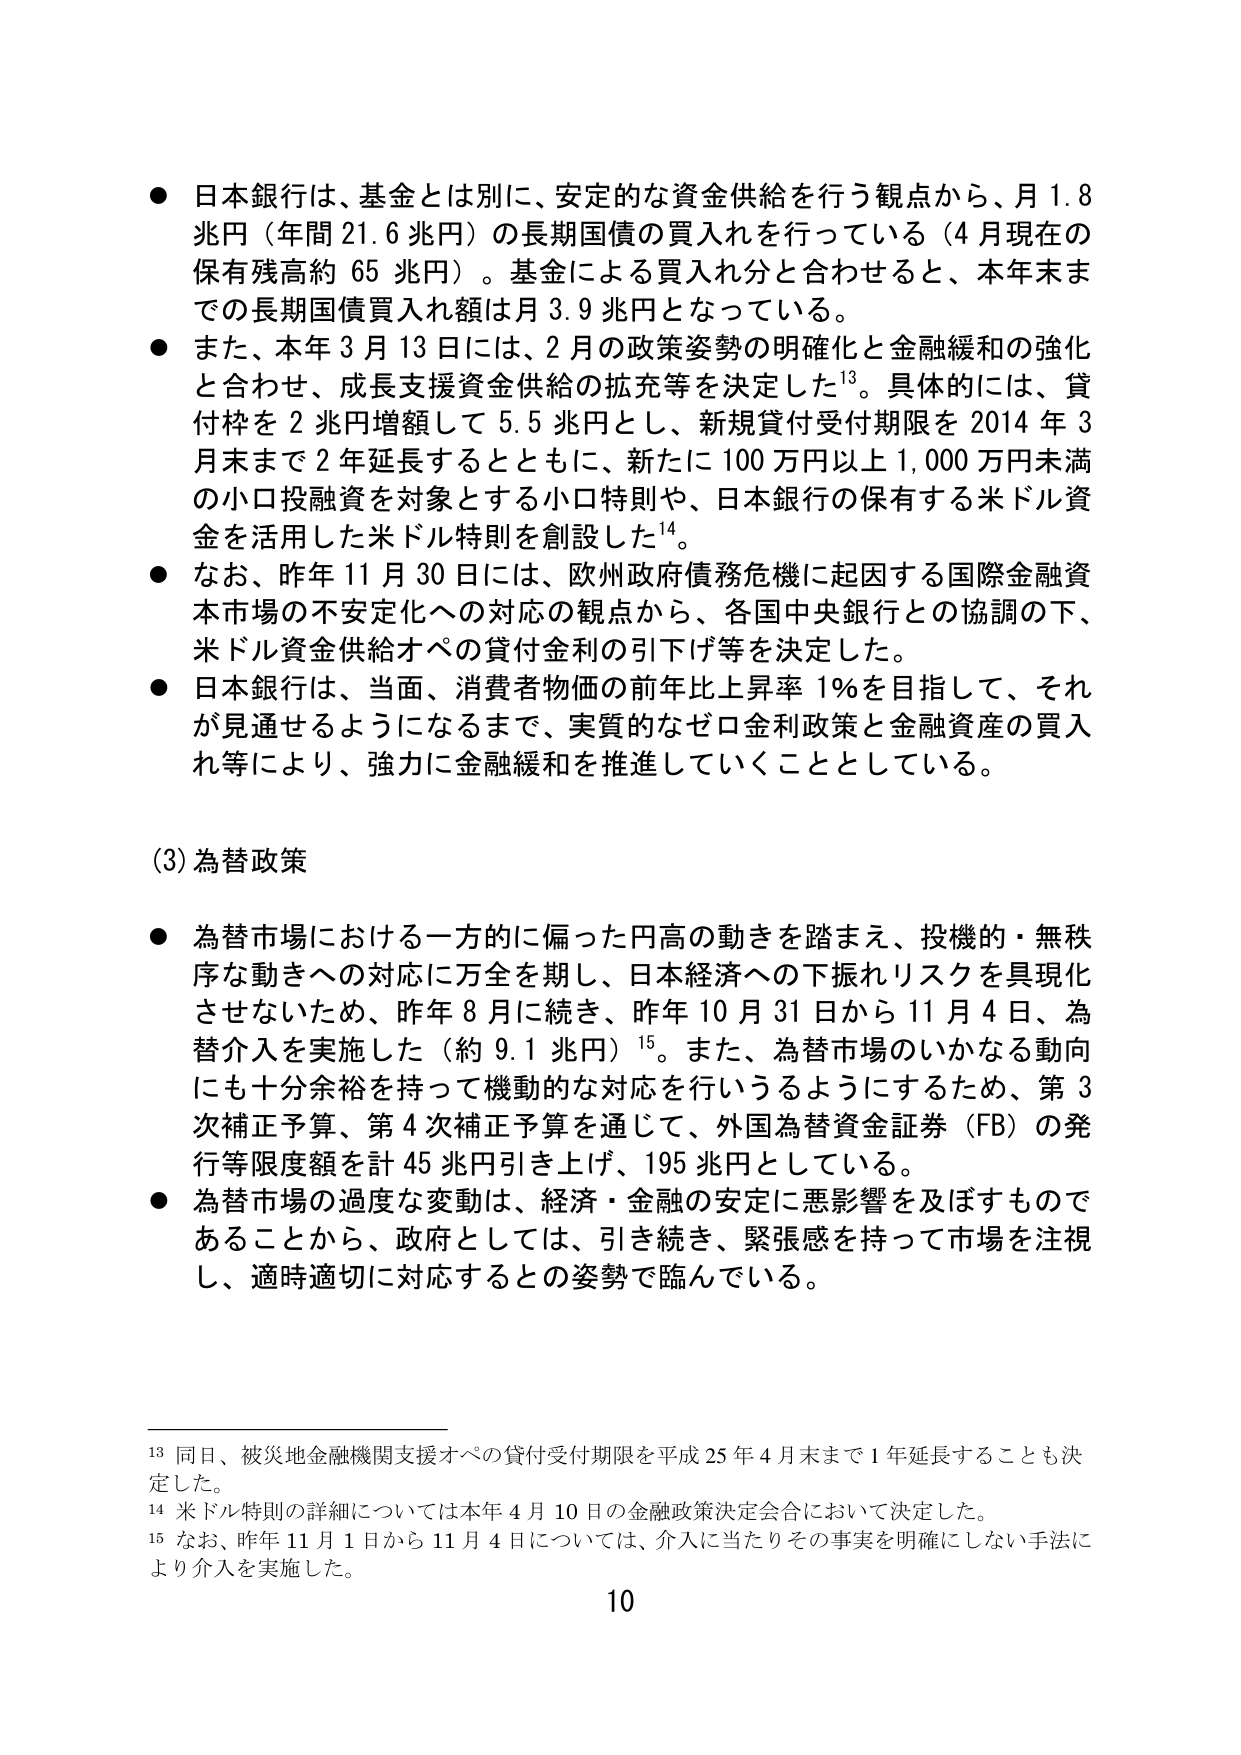
● 日本銀行は、基金とは別に、安定的な資金供給を行う観点から、月1.8兆円（年間21.6兆円）の長期国債の買入れを行っている（4月現在の保有残高約65兆円）。基金による買入れ分と合わせると、本年末までの長期国債買入れ額は月3.9兆円となっている。

● また、本年3月13日には、2月の政策姿勢の明確化と金融緩和の強化と合わせ、成長支援資金供給の拡充等を決定した¹³。具体的には、貸付枠を2兆円増額して5.5兆円とし、新規貸付受付期限を2014年3月末まで2年延長するとともに、新たに100万円以上1,000万円未満の小口投融資を対象とする小口特別や、日本銀行の保有する米ドル資金を活用した米ドル特別を創設した¹⁴。

● なお、昨年11月30日には、欧州政府債務危機に起因する国際金融資本市場の不安定化への対応の観点から、各国中央銀行との協調の下、米ドル資金供給オペの貸付金利の引下げ等を決定した。

● 日本銀行は、当面、消費者物価の前年比上昇率1％を目指して、それが見通せるようになるまで、実質的なゼロ金利政策と金融資産の買入れ等により、強力に金融緩和を推進していくこととしている。

(3) 為替政策

● 為替市場における一方的に偏った円高の動きを踏まえ、投機的・無秩序な動きへの対応に万全を期し、日本経済への下振れリスクを具現化させないため、昨年8月に続き、昨年10月31日から11月4日、為替介入を実施した（約9.1兆円）¹⁵。また、為替市場のいかなる動向にも十分余裕を持って機動的な対応を行いうるようにするため、第3次補正予算、第4次補正予算を通じて、外国為替資金証券（FB）の発行等限度額を計45兆円引き上げ、195兆円としている。

● 為替市場の過度な変動は、経済・金融の安定に悪影響を及ぼすものであることから、政府としては、引き続き、緊張感を持って市場を注視し、適時適切に対応するとの姿勢で臨んでいる。

¹³ 同日、被災地金融機関支援オペの貸付受付期限を平成25年4月末まで1年延長することも決定した。

¹⁴ 米ドル特別の詳細については本年4月10日の金融政策決定会合において決定した。

¹⁵ なお、昨年11月1日から11月4日については、介入に当たりその事実を明確にしない手法により介入を実施した。

10